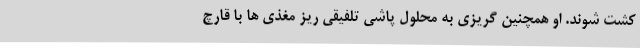
کشت شوند. او همچنین گریزی به محلول پاشی تلفیقی ریز مغذی ها با قارچ